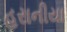
હરાનીયા